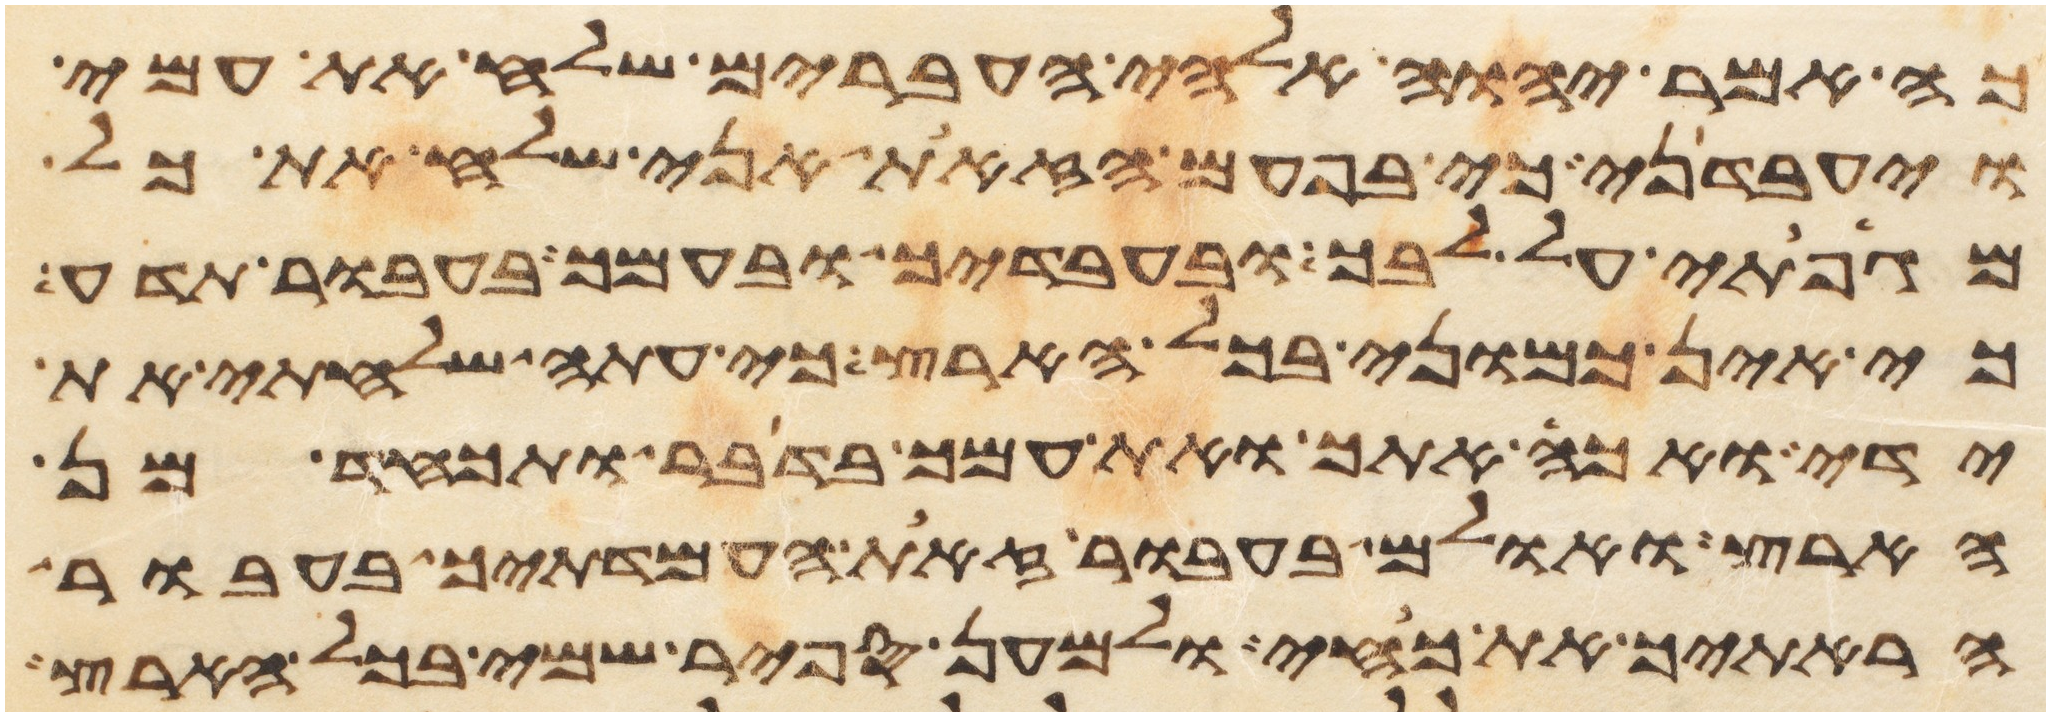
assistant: כה אמר יהוה אלהי העברים שלח את עמי
ויעבדני כי בפעם הזאת אני שלח את כל
מגפתי על לבך ובעבדיך ובעמך בעבור תדע
כי אין כמוני בכל הארץ כי עתה שלחתי את
ידי ואכה אתך ואת עמך בדבר ותכחד מן
הארץ ואולם בעבור זאת העמדתיך בעבור
הראתיך את כחי ולמען ספר שמי בכל הארץ